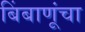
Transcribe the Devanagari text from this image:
बिंबाणूंचा